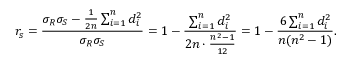
r _ { s } = { \frac { \sigma _ { R } \sigma _ { S } - { \frac { 1 } { 2 n } } \sum _ { i = 1 } ^ { n } d _ { i } ^ { 2 } } { \sigma _ { R } \sigma _ { S } } } = 1 - { \frac { \sum _ { i = 1 } ^ { n } d _ { i } ^ { 2 } } { 2 n \cdot { \frac { n ^ { 2 } - 1 } { 1 2 } } } } = 1 - { \frac { 6 \sum _ { i = 1 } ^ { n } d _ { i } ^ { 2 } } { n ( n ^ { 2 } - 1 ) } } .